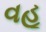
વહૂ